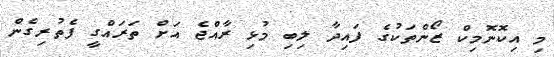
މި އިކޮނޮމިކް ޒޯންތަކުގެ ފައިދާ ލިބި މުޅި ރާއްޖެ އަށް ތަރައްގީ ފެތުރިގެން